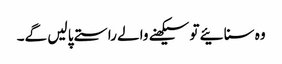
وہ سنائیے تو سیکھنے والے راستے پا لیں گے۔